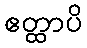
ဧတ္ထာပိ